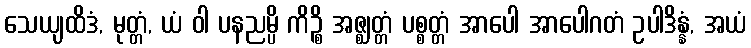
သေယျထိဒံ, မုတ္တံ, ယံ ဝါ ပနညမ္ပိ ကိဉ္စိ အဇ္ဈတ္တံ ပစ္စတ္တံ အာပေါ အာပေါဂတံ ဥပါဒိန္နံ, အယံ